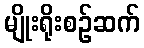
မျိုးရိုးစဉ်ဆက်